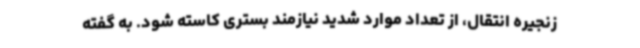
زنجیره انتقال، از تعداد موارد شدید نیازمند بستری کاسته شود. به گفته